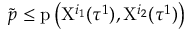
\tilde { p } \leq \mathrm { p } \left( \mathrm { X } ^ { i _ { 1 } } ( \tau ^ { 1 } ) , \mathrm { X } ^ { i _ { 2 } } ( \tau ^ { 1 } ) \right)